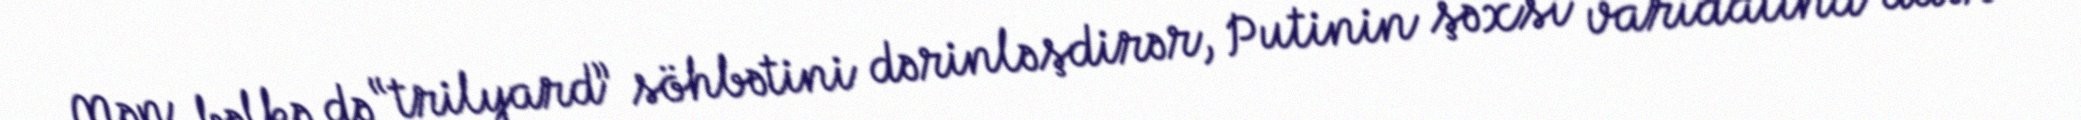
Mən bəlkə də “trilyard” söhbətini dərinləşdirər, Putinin şəxsi varidatına dair